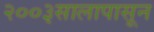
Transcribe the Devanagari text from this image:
२००३सालापासून